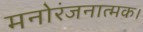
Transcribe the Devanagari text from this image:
मनोरंजनात्मक।